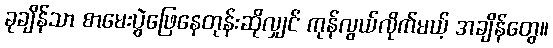
ခုချိန်သာ စာမေးပွဲဖြေနေတုန်းဆိုလျှင် ကုန်လွယ်လိုက်မယ့် အချိန်တွေ။